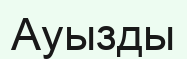
Ауызды